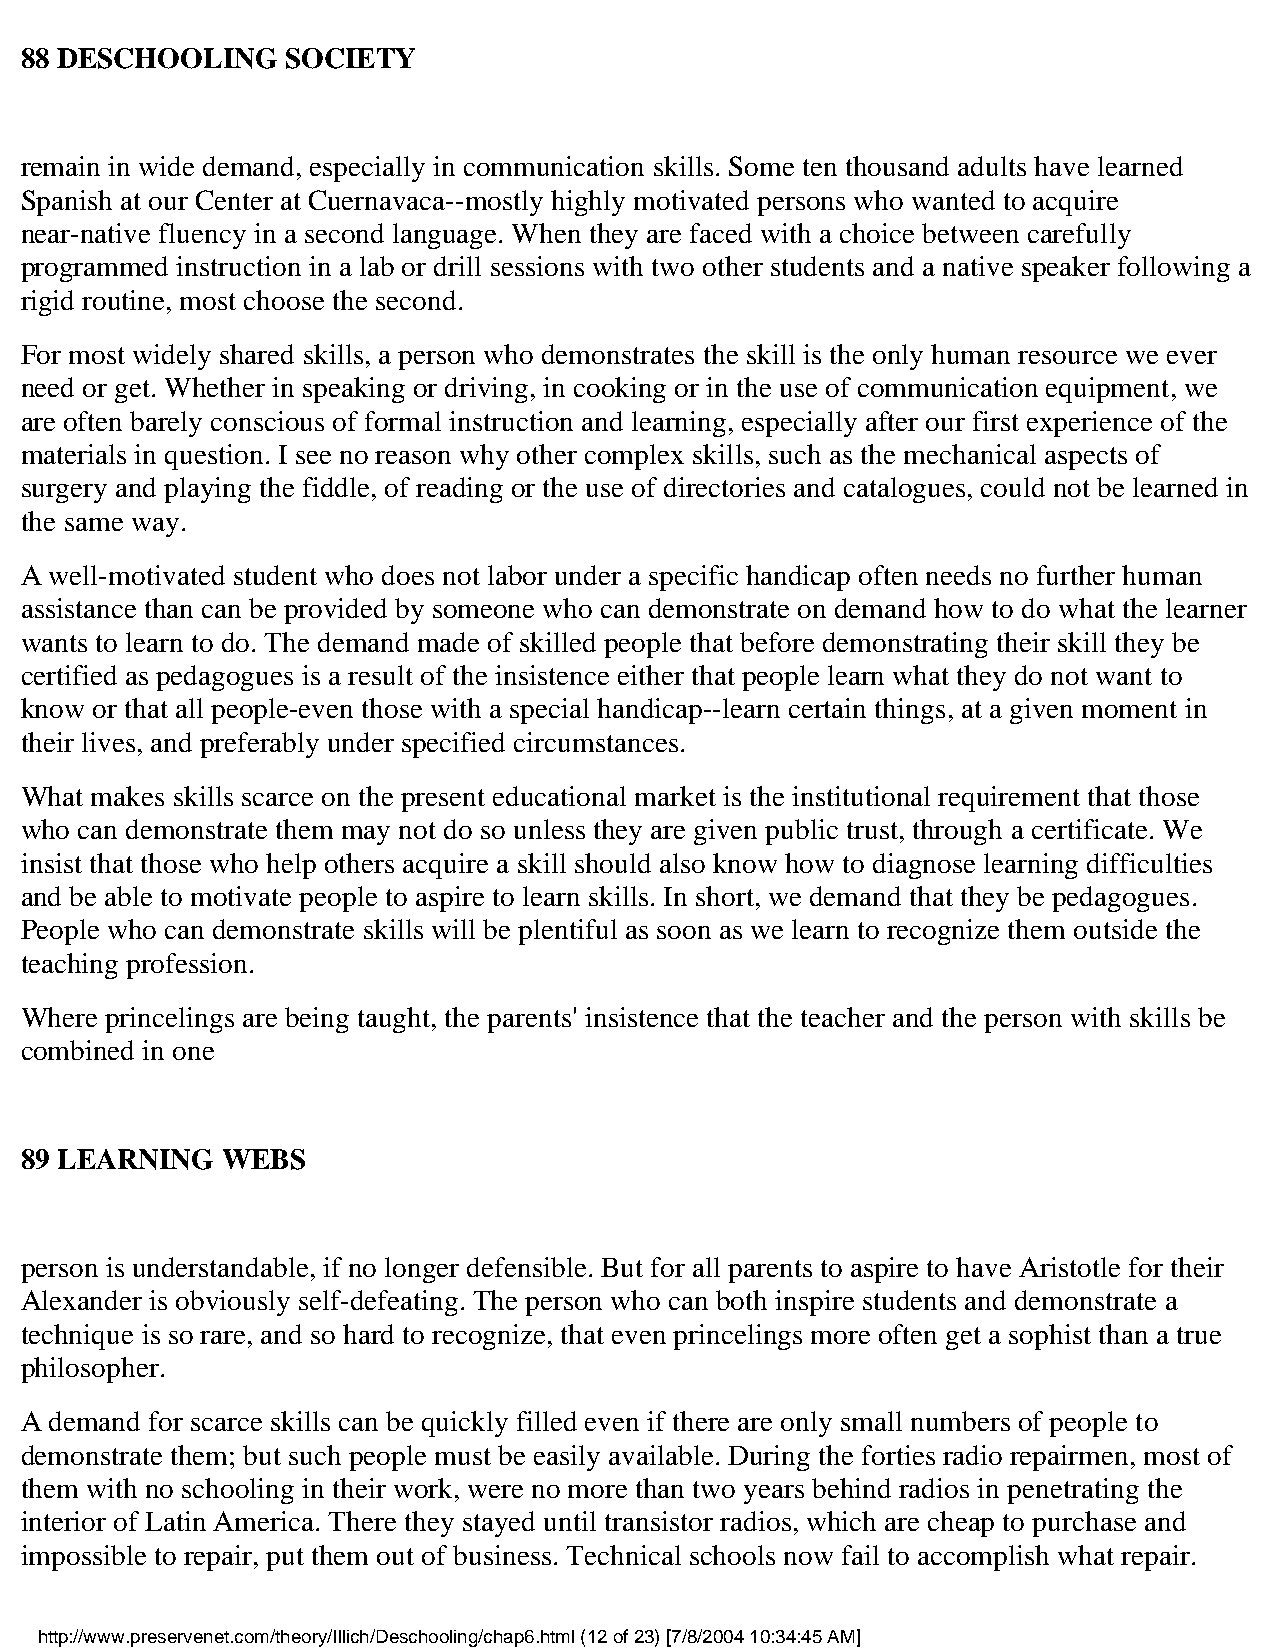
88 DESCHOOLING    SOCIETY
 remain in wide demand, especially in communication skills. Some ten thousand adults have learned
 Spanish at our Center at Cuernavaca--mostly highly motivated persons who wanted to acquire
 near-native fluency in a second language. When they are faced with a choice between carefully
 programmed instruction in a lab or drill sessions with two other students and a native speaker following a
 rigid routine, most choose the second.
 For most widely shared skills, a person who demonstrates the skill is the only human resource we ever
 need or get. Whether in speaking or driving, in cooking or in the use of communication equipment, we
 are often barely conscious of formal instruction and learning, especially after our first experience of the
 materials in question. I see no reason why other complex skills, such as the mechanical aspects of
 surgery and playing the fiddle, of reading or the use of directories and catalogues, could not be learned in
 the same way.
 A well-motivated student who does not labor under a specific handicap often needs no further human
 assistance than can be provided by someone who can demonstrate on demand how to do what the learner
 wants to learn to do. The demand made of skilled people that before demonstrating their skill they be
 certified as pedagogues is a result of the insistence either that people learn what they do not want to
 know or that all people-even those with a special handicap--learn certain things, at a given moment in
 their lives, and preferably under specified circumstances.
 What makes skills scarce on the present educational market is the institutional requirement that those
 who can demonstrate them may not do so unless they are given public trust, through a certificate. We
 insist that those who help others acquire a skill should also know how to diagnose learning difficulties
 and be able to motivate people to aspire to learn skills. In short, we demand that they be pedagogues.
 People who can demonstrate skills will be plentiful as soon as we learn to recognize them outside the
 teaching profession.
 Where princelings are being taught, the parents' insistence that the teacher and the person with skills be
 combined in one
 89 LEARNING   WEBS
 person is understandable, if no longer defensible. But for all parents to aspire to have Aristotle for their
 Alexander is obviously self-defeating. The person who can both inspire students and demonstrate a
 technique is so rare, and so hard to recognize, that even princelings more often get a sophist than a true
 philosopher.
 A demand for scarce skills can be quickly filled even if there are only small numbers of people to
 demonstrate them; but such people must be easily available. During the forties radio repairmen, most of
 them with no schooling in their work, were no more than two years behind radios in penetrating the
 interior of Latin America. There they stayed until transistor radios, which are cheap to purchase and
 impossible to repair, put them out of business. Technical schools now fail to accomplish what repair.
 http://www.preservenet.com/theory/Illich/Deschooling/chap6.html (12 of 23) [7/8/2004 10:34:45 AM]